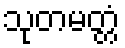
သုတမတ္တံ